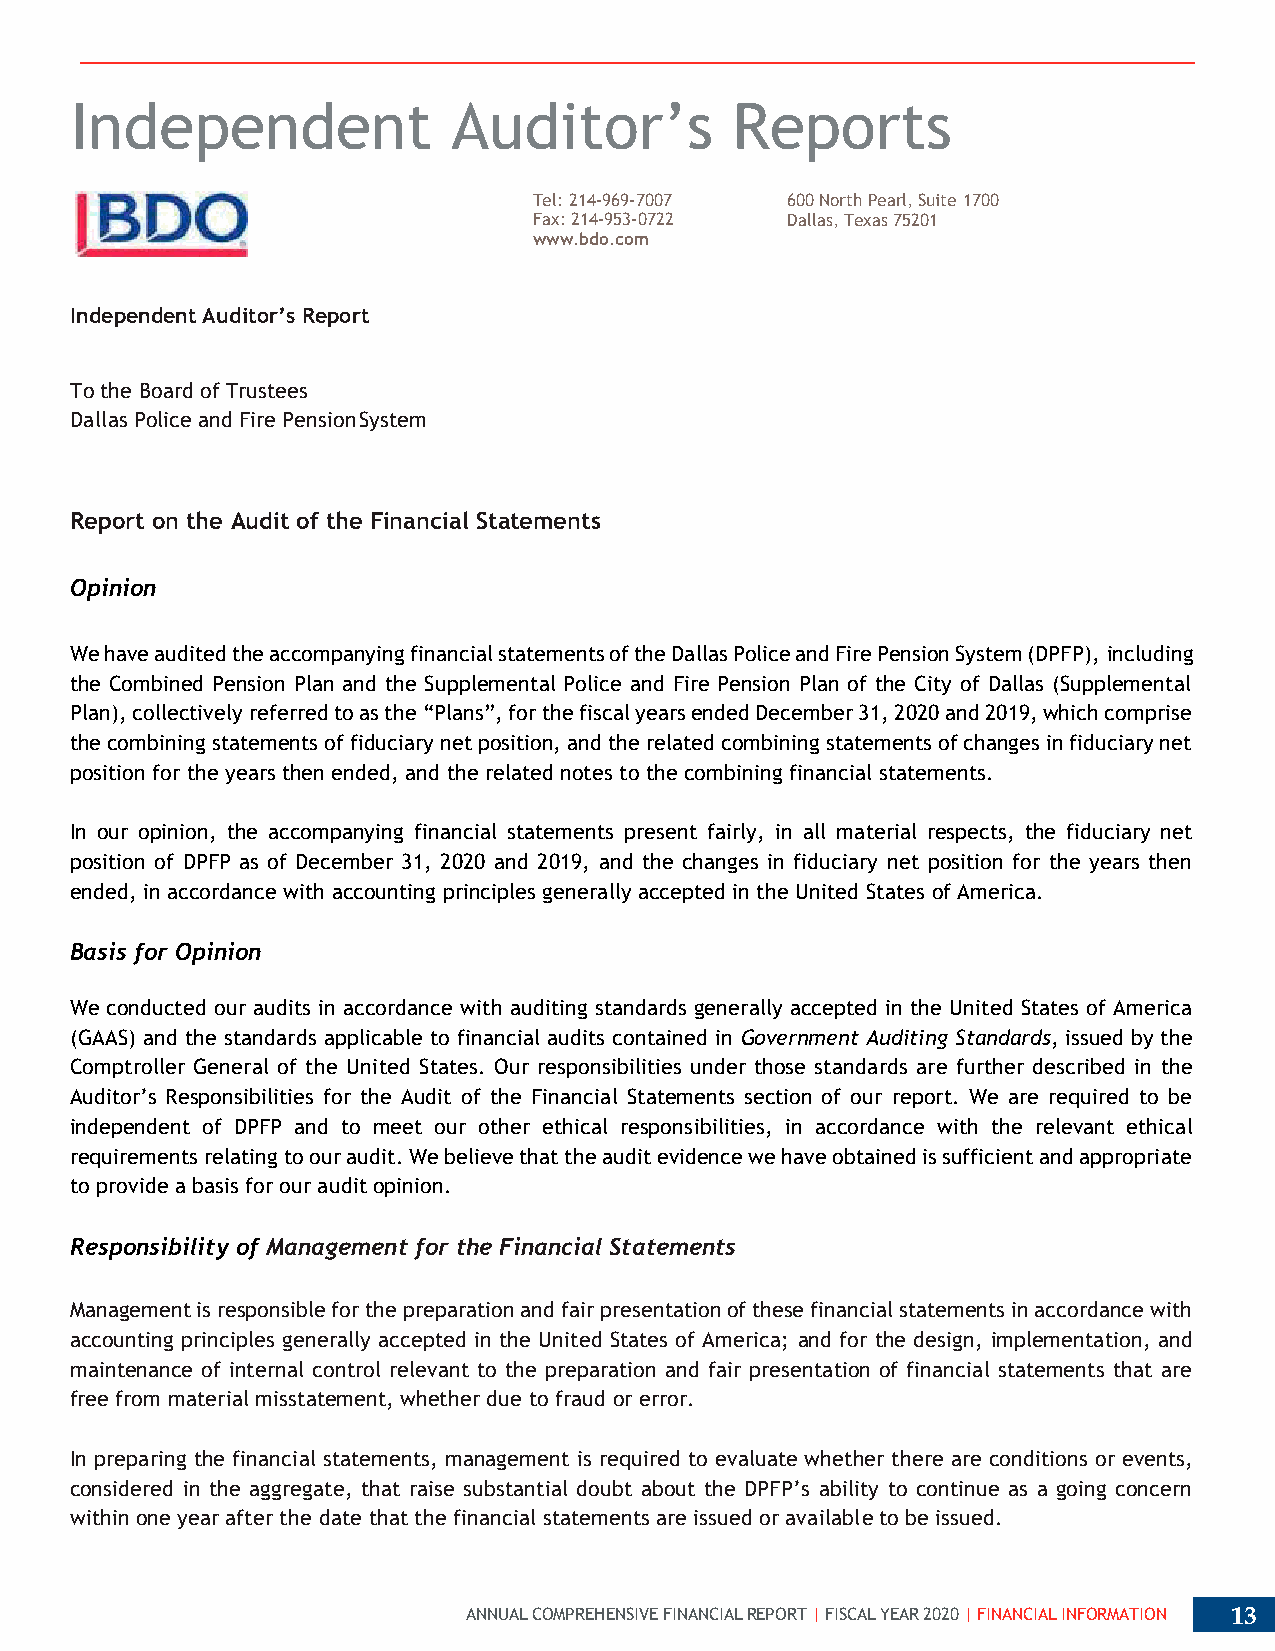
Independent              Auditor’s         Reports
 Tel: 214-969-7007 600 North Pearl, Suite 1700
 Fax: 214-953-0722 Dallas, Texas 75201
 www.bdo.com
 Independent Auditor’s Report
 To the Board of Trustees
 Dallas Police and Fire Pension System
 Report on the Audit of the Financial Statements
 Opinion
 We have audited the accompanying financial statements of the Dallas Police and Fire Pension System (DPFP), including
 the Combined Pension Plan and the Supplemental Police and Fire Pension Plan of the City of Dallas (Supplemental
 Plan), collectively referred to as the “Plans”, for the fiscal years ended December 31, 2020 and 2019, which comprise
 the combining statements of fiduciary net position, and the related combining statements of changes in fiduciary net
 position for the years then ended, and the related notes to the combining financial statements.
 In our opinion, the accompanying financial statements present fairly, in all material respects, the fiduciary net
 position of DPFP as of December 31, 2020 and 2019, and the changes in fiduciary net position for the years then
 ended, in accordance with accounting principles generally accepted in the United States of America.
 Basis for Opinion
 We conducted our audits in accordance with auditing standards generally accepted in the United States of America
 (GAAS) and the standards applicable to financial audits contained in Government Auditing Standards, issued by the
 Comptroller General of the United States. Our responsibilities under those standards are further described in the
 Auditor’s Responsibilities for the Audit of the Financial Statements section of our report. We are required to be
 independent of DPFP and to meet our other ethical responsibilities, in accordance with the relevant ethical
 requirements relating to our audit. We believe that the audit evidence we have obtained is sufficient and appropriate
 to provide a basis for our audit opinion.
 Responsibility of Management for the Financial Statements
 Management is responsible for the preparation and fair presentation of these financial statements in accordance with
 accounting principles generally accepted in the United States of America; and for the design, implementation, and
 maintenance of internal control relevant to the preparation and fair presentation of financial statements that are
 free from material misstatement, whether due to fraud or error.
 In preparing the financial statements, management is required to evaluate whether there are conditions or events,
 considered in the aggregate, that raise substantial doubt about the DPFP’s ability to continue as a going concern
 within one year after the date that the financial statements are issued or available to be issued.
 ANNUAL COMPREHENSIVE FINANCIAL REPORT | FISCAL YEAR 2020 | FINANCIAL INFORMATION 13